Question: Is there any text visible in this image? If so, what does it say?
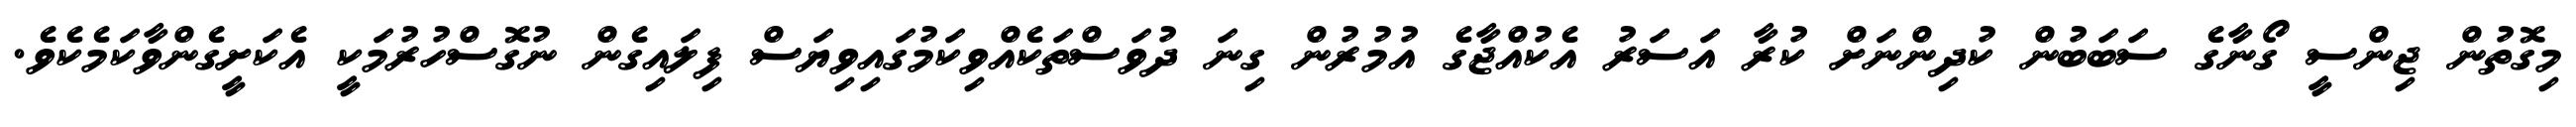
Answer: މިގޮތުން ޖިންސީ ގޯނާގެ ސަބަބުން ކުދިންނަށް ކުރާ އަސަރު އެކުއްޖާގެ އުމުރުން ގިނަ ދުވަސްތަކެއްވިކަމުގައިވިޔަސް ފިލައިގެން ނުގޮސްހުރުމަކީ އެކަށީގެންވާކަމެކެވެ.